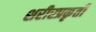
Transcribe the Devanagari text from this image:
शरीरप्रकृती